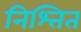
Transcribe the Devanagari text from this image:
निश्तित